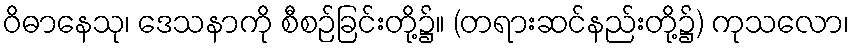
ဝိဓာနေသု၊ ဒေသနာကို စီစဉ်ခြင်းတို့၌။ (တရားဆင်နည်းတို့၌) ကုသလော၊